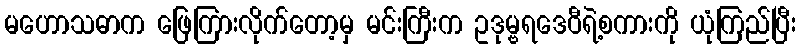
မဟောသဓာက ဖြေကြားလိုက်တော့မှ မင်းကြီးက ဥဒုမ္ဗရဒေဝီရဲ့စကားကို ယုံကြည်ပြီး